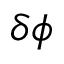
\delta \phi